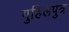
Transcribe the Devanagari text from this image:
गुहिलपुत्र